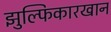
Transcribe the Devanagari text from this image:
झुल्फिकारखान